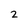
Character: 2